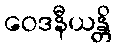
ဝေဒနီယန္တိ